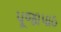
પૂજાપાઠ